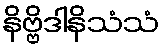
နိဗ္ဗိဒါနိသံသံ